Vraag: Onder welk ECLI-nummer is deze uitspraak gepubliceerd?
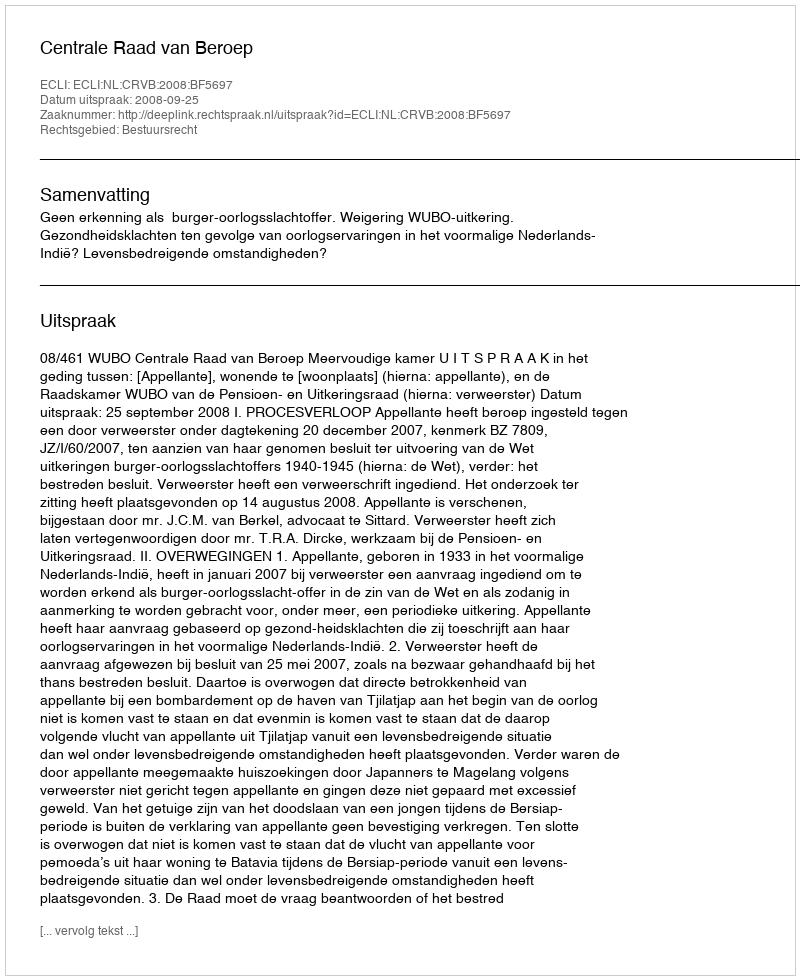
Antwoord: ECLI:NL:CRVB:2008:BF5697